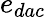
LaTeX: e_{dac}